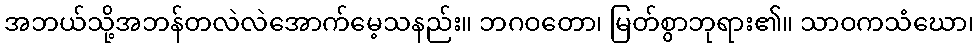
အဘယ်သို့အဘန်တလဲလဲအောက်မေ့သနည်း။ ဘဂဝတော၊ မြတ်စွာဘုရား၏။ သာဝကသံဃော၊